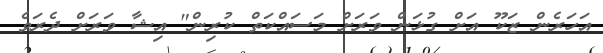
އަހަރެން ޒަކޫ އަށް ގުޅަން ވަރަށް މަސައްކަތް ކުރިން" އިޝާ ވަރަށް ދެރަވެ